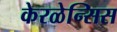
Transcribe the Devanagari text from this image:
केरळेन्सिस